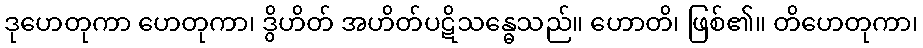
ဒုဟေတုကာ ဟေတုကာ၊ ဒွိဟိတ် အဟိတ်ပဋိသန္ဓေသည်။ ဟောတိ၊ ဖြစ်၏။ တိဟေတုကာ၊